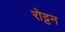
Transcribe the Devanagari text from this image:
रोट्टन